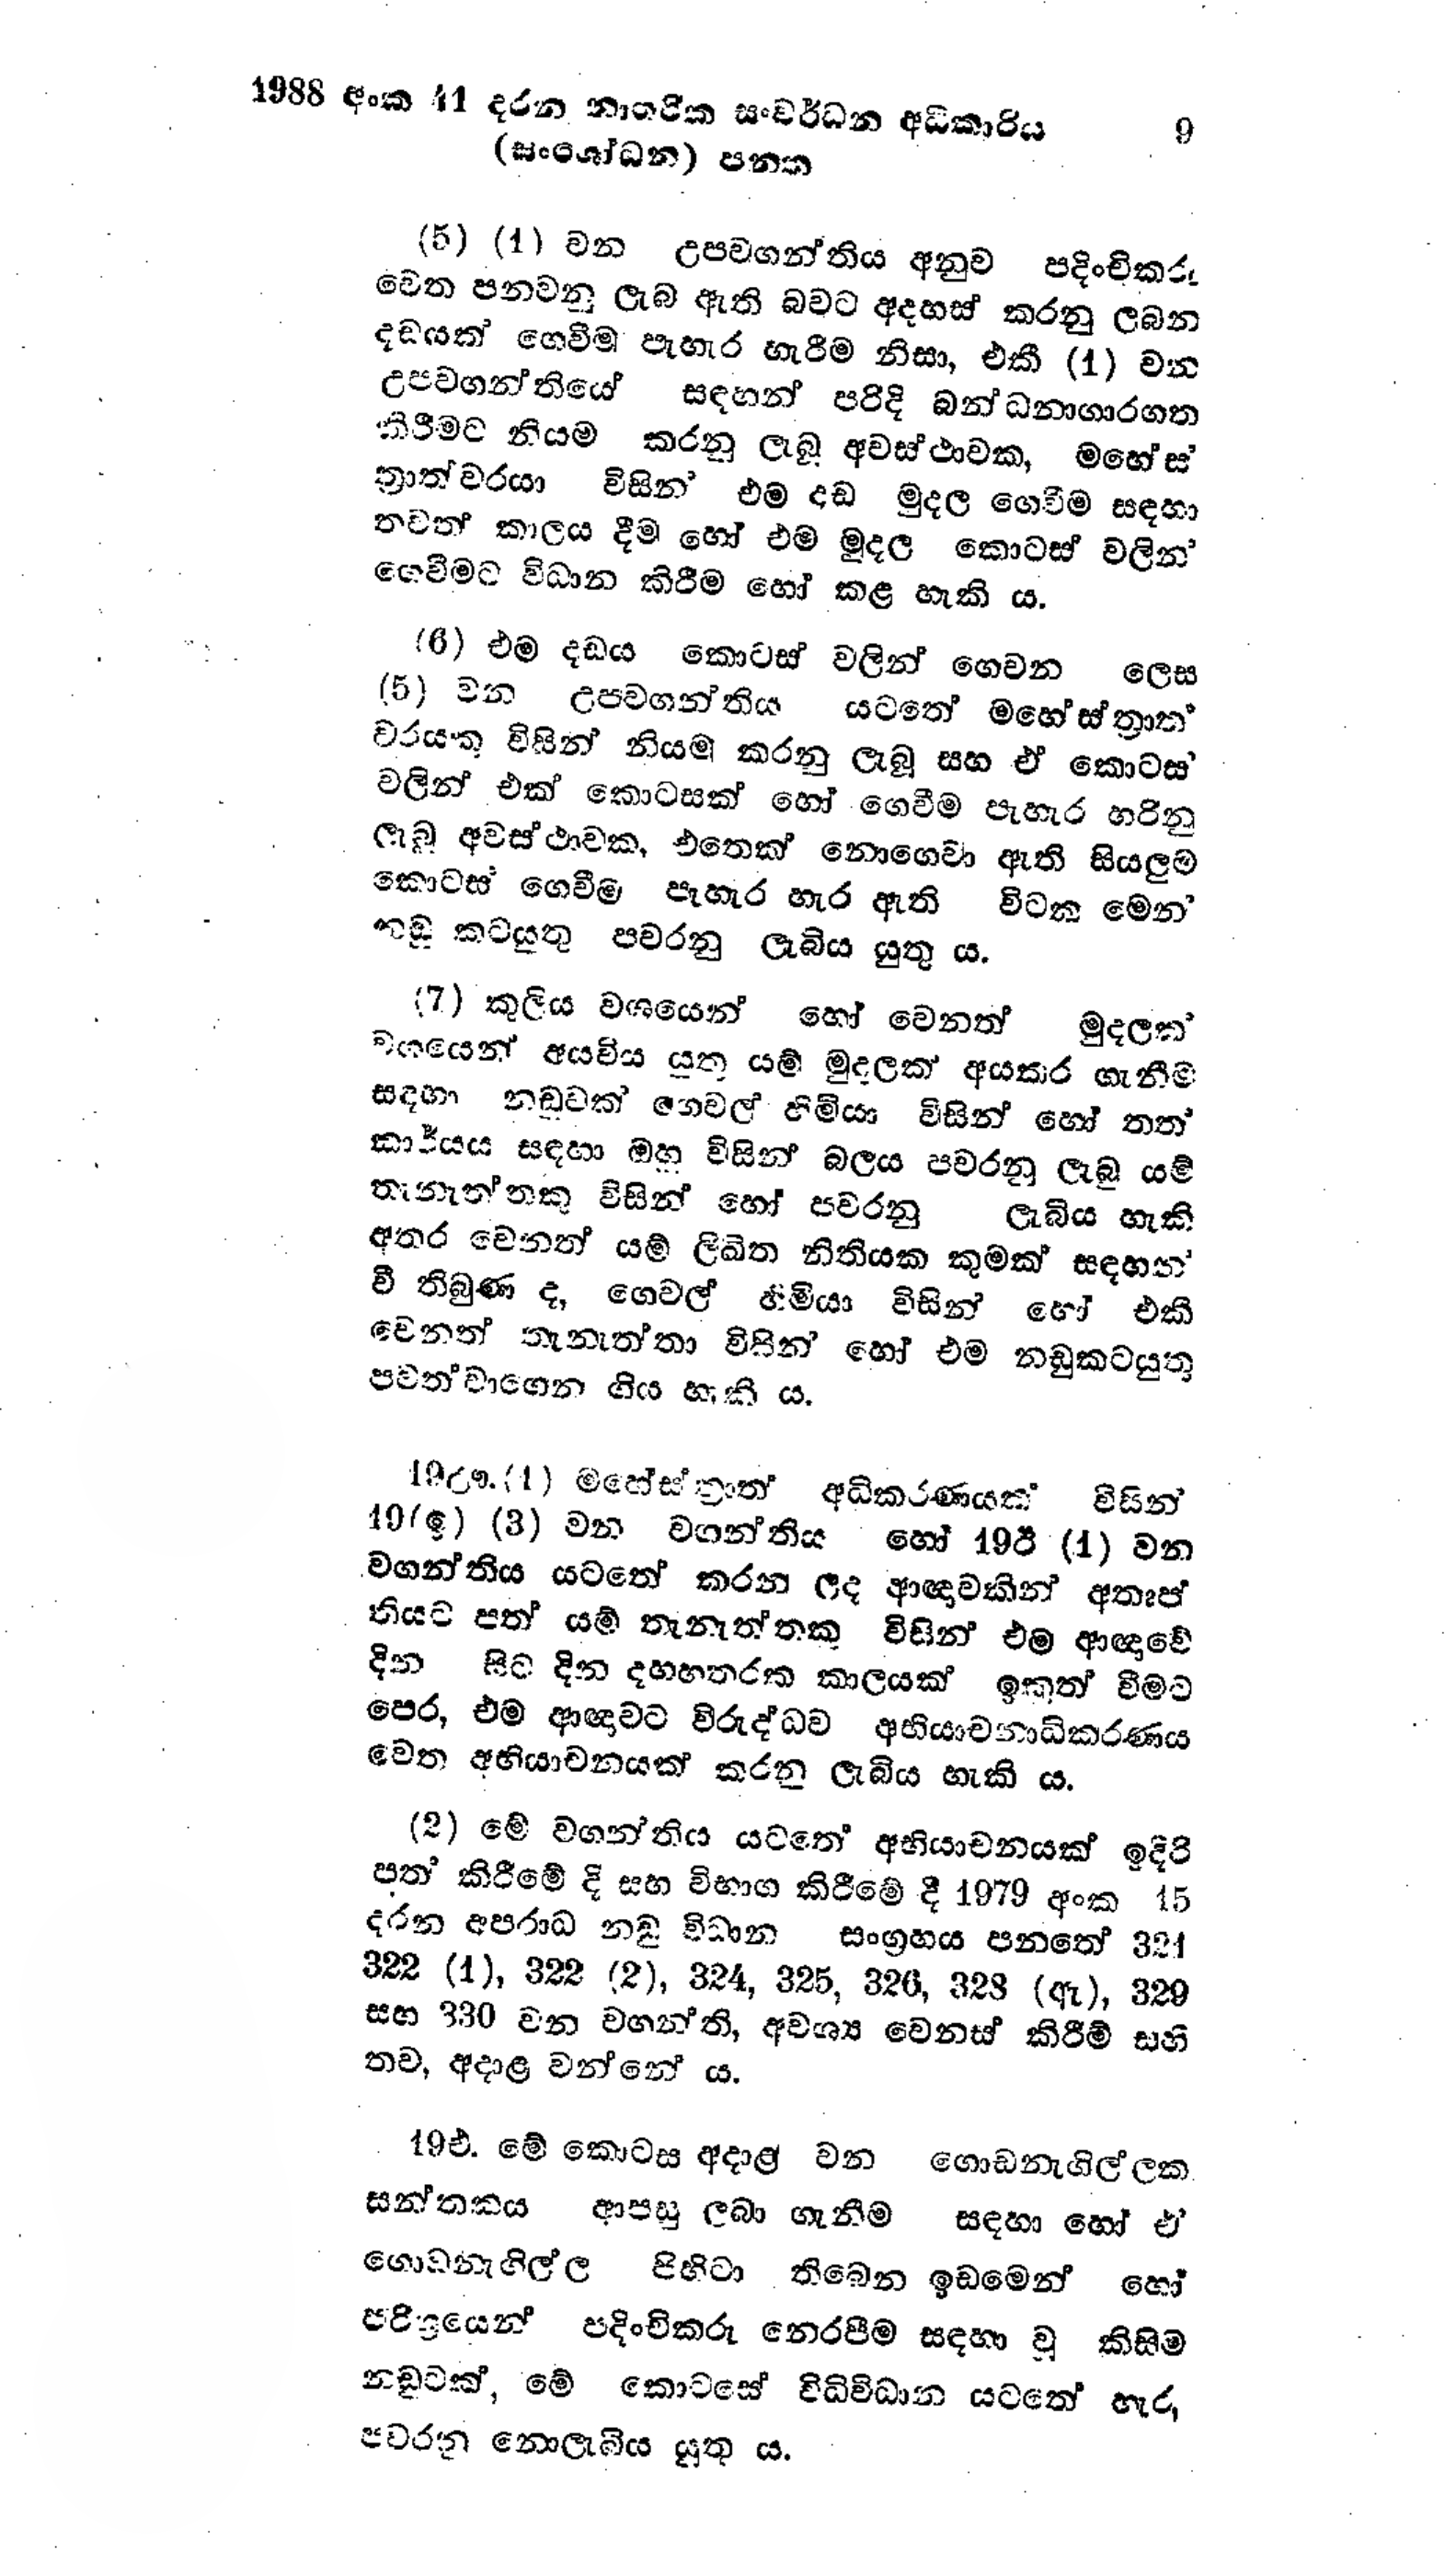
1988 අංක 41 දරන නාගරික සංවර්ධන අධිකාරිය 9
(සංශෝධන) පනත

(5) (1) වන උපවගන්තිය අනුව පදිංචිකරු
වෙත පනවනු ලැබ ඇති බවට අදහස් කරනු ලබන
දඩයක් ගෙවීම පැහැර හැරීම නිසා, එකී (1) චන
උපවගන්ති සඳහන් පරිදි බන්ධනාගාරගත
කිරීමට නියම කරනු ලැබූ අවස්ථාවක, මහේස්
ත්‍රාත්වරයා විසින් එම දඩ මුදල ගෙවීම සඳහා
තවත් කාලය දීම හෝ එම මුදල කොටස් වලින්
ගෙවීමට විධාන කිරීම හෝ කළ හැකි ය.

(6) එම දඩය කොටස් වලින් ගෙවන ලෙස
(5) වන උපවගන්තිය යටතේ මහේස්ත්‍රාත්
වරයකු විසින් නියම කරනු ලැබූ සහ ඒ කොටස්
වලින් එක් කොටසක් හෝ ගෙවීම පැහැර හරිනු
ලැබූ අවස්ථාවක, එතෙක් නොගෙවා ඇති සියලුම
කොටස් ගෙවීම පැහැර හැර ඇති විටක මෙන්
නඩු කටයුතු පවරනු ලැබිය යුතු ය.

(7) කුලිය වශයෙන් හෝ වෙනත් මුදලක්
වශයෙන් අයවිය යුතු යම් මුදලක් අයකර ගැනීම
සඳහා නඩුවක් ගෙවල් හිමියා විසින් හෝ තත්
කාර්යය සඳහා ඔහු විසින් බලය පවරනු ලැබූ යම්
තැනැත්තකු විසින් හෝ පවරනු ලැබිය හැකි
අතර වෙනත් යම් ලිඛිත නිතියක කුමක් සඳහන්
වී තිබුණ ද, ගෙවල් හිමියා විසින් හෝ එකී
වෙනත් තැනැත්තා විසින් හෝ එම නඩු කටයුතු
පවත්වාගෙන ගිය හැකි ය.

19ඌ.(1) මහේස්ත්‍රාත් අධිකරණයක් විසින්
19(ඉ ) (3) වන වගන්තිය හෝ 19ඊ (1) වන
වගන්තිය යටතේ කරන ලද ආඥාවකින් අතෘප්
තියට පත් යම් තැනැත්තකු විසින් එම ආඥාවේ
දින සිට දින දහහතරක කාලයක් ඉකුත් වීමට
පෙර, එම ආඥාවට විරුද්ධව අභියාචනාධිකරණය
වෙත අභියාචනයක් කරනු ලැබිය හැකි ය.

(2) මේ වගන්තිය යටතේ අභියාචනයක් ඉදිරි
පත් කිරීමේ දි සහ විභාග කිරීමේ දී 1979 අංක 15
දරන අපරාධ නඩු විධාන සංග්‍රහය පනතේ 324
322 (1), 322 (2), 324, 325, 326, 328 (ඇ), 329
සහ 330 වන වගන්ති, අවශ්‍ය වෙනස් කිරීම් සහි
තව, අදාළ වන්නේ ය.

19එ. මේ කොටස අදාළ වන ගොඩනැගිල්ලක
සන්තකය ආපසු ලබා ගැනීම සඳහා හෝ ඒ
ගොඩනැගිල්ල පිහිටා තිබෙන ඉඩමෙන් හෝ
පරිශ්‍රයෙන් පදිංචිකරු නෙරපීම සඳහා වූ කිසිම
නඩුවක්, මේ කොටසේ විධිවිධාන යටතේ හැර
පවරනු නොලැබිය යුතු ය.